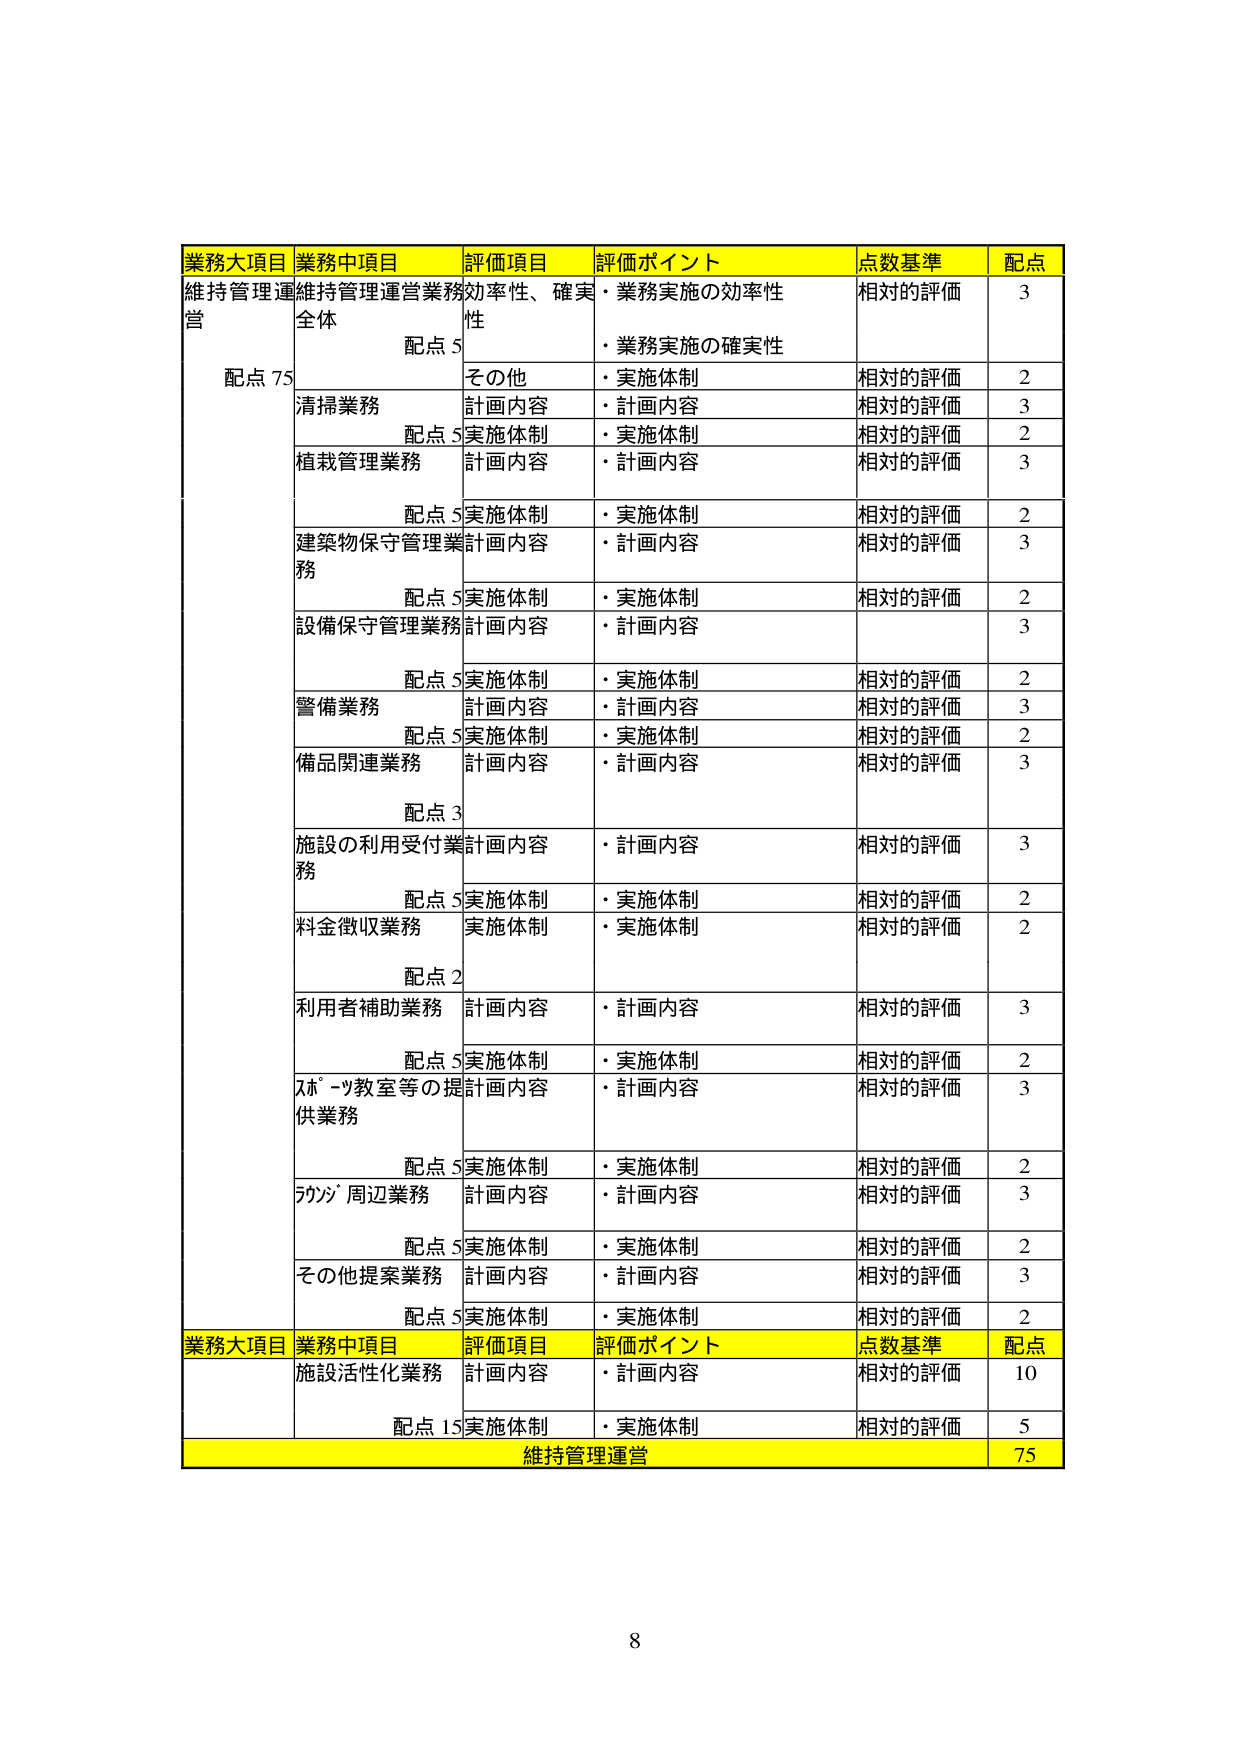
業務大項目 業務中項目 評価項目 評価ポイント 点数基準 配点
維持管理運営 業務中項目 評価項目 評価ポイント 点数基準 配点
維持管理運営業務 効率性、確実性 ・業務実施の効率性 相対的評価 3
全体 配点 5 ・業務実施の確実性
その他 ・実施体制 相対的評価 2
清掃業務 計画内容 ・計画内容 相対的評価 3
配点 5 実施体制 ・実施体制 相対的評価 2
植栽管理業務 計画内容 ・計画内容 相対的評価 3
配点 5 実施体制 ・実施体制 相対的評価 2
建築物保守管理業務 計画内容 ・計画内容 相対的評価 3
配点 5 実施体制 ・実施体制 相対的評価 2
設備保守管理業務 計画内容 ・計画内容 相対的評価 3
配点 5 実施体制 ・実施体制 相対的評価 2
警備業務 計画内容 ・計画内容 相対的評価 3
配点 5 実施体制 ・実施体制 相対的評価 2
備品関連業務 計画内容 ・計画内容 相対的評価 3
配点 3
施設の利用受付業務 計画内容 ・計画内容 相対的評価 3
配点 5 実施体制 ・実施体制 相対的評価 2
料金徴収業務 実施体制 ・実施体制 相対的評価 2
配点 2
利用者補助業務 計画内容 ・計画内容 相対的評価 3
配点 5 実施体制 ・実施体制 相対的評価 2
ｽﾎﾟｰﾂ教室等の提供業務 計画内容 ・計画内容 相対的評価 3
配点 5 実施体制 ・実施体制 相対的評価 2
ﾗｳﾝｼﾞ周辺業務 計画内容 ・計画内容 相対的評価 3
配点 5 実施体制 ・実施体制 相対的評価 2
その他提案業務 計画内容 ・計画内容 相対的評価 3
配点 5 実施体制 ・実施体制 相対的評価 2
業務大項目 業務中項目 評価項目 評価ポイント 点数基準 配点
施設活性化業務 計画内容 ・計画内容 相対的評価 10
配点 15 実施体制 ・実施体制 相対的評価 5
維持管理運営 75
8